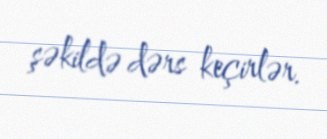
şəkildə dərs keçirlər.